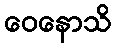
ဝေနောသိ